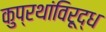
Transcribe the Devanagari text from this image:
कुप्रथांविरूद्ध